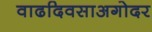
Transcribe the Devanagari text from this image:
वाढदिवसाअगोदर